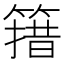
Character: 簎